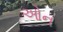
ઓન